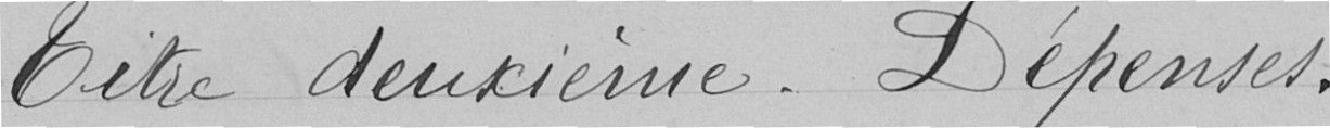
Titre deuxième - Dépenses